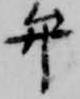
弁